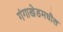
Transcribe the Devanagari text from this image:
गंगाखेडमधील